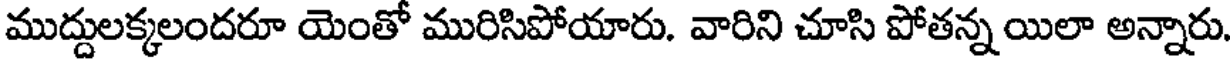
ముద్దులక్కలందరూ యెంతో మురిసిపోయారు. వారిని చూసి పోతన్న యిలా అన్నారు